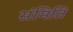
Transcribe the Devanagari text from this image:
संमिति